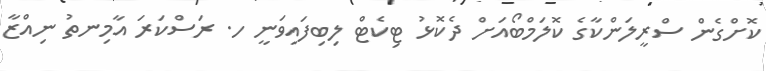
ކޮށްގެން ސްރީލަންކާގެ ކޮލަމްބޯއަށް ދެކޮޅު ޓިކެޓް ލިބިފައިވަނީ ހ. ރަސްކަރަ އާމިނތު ނިއްޒާ